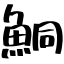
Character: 鮦